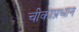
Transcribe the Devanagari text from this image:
चीकाप्रधान